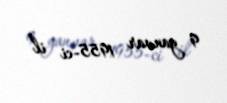
9 yanvar 1955-ci il